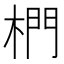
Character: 椚